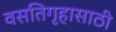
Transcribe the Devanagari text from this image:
वसतिगृहासाठी